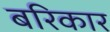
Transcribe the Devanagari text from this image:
बरिकार